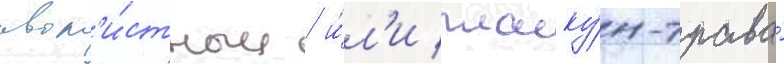
ивол'и́стныи / и́л'и плаку́н-трава́